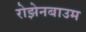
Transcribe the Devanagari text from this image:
रोझेनबाउम